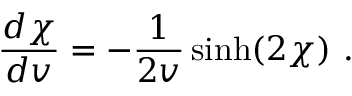
{ \frac { d \chi } { d v } } = - { \frac { 1 } { 2 v } } \sinh ( 2 \chi ) \ .